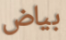
بياض